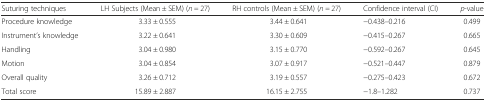
<table><thead><tr><td><b>Suturing techniques</b></td><td><b>LH Subjects (Mean ± SEM) (<i>n =</i> 27)</b></td><td><b>RH controls (Mean ± SEM) (<i>n =</i> 27)</b></td><td><b>Confidence interval (CI)</b></td><td><b><i>p</i>-value</b></td></tr></thead><tbody><tr><td>Procedure knowledge</td><td>3.33 ± 0.555</td><td>3.44 ± 0.641</td><td>−0.438–0.216</td><td>0.499</td></tr><tr><td>Instrument’s knowledge</td><td>3.22 ± 0.641</td><td>3.30 ± 0.609</td><td>−0.415–0.267</td><td>0.665</td></tr><tr><td>Handling</td><td>3.04 ± 0.980</td><td>3.15 ± 0.770</td><td>−0.592–0.267</td><td>0.645</td></tr><tr><td>Motion</td><td>3.04 ± 0.854</td><td>3.07 ± 0.917</td><td>−0.521–0.447</td><td>0.879</td></tr><tr><td>Overall quality</td><td>3.26 ± 0.712</td><td>3.19 ± 0.557</td><td>−0.275–0.423</td><td>0.672</td></tr><tr><td>Total score</td><td>15.89 ± 2.887</td><td>16.15 ± 2.755</td><td>−1.8–1.282</td><td>0.737</td></tr></tbody></table>